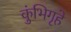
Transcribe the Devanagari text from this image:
कुंभिगृहे